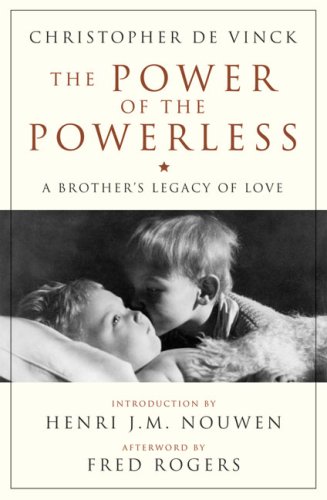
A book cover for The Power of the Powerless: A Brother's Legacy of Love (Crossroad Book); Christopher De Vinck; Christian Books & Bibles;